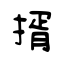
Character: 揟